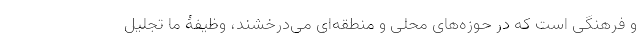
و فرهنگی است که در حوزه‌های محلی و منطقه‌ای می‌درخشند، وظیفۀ ما تجلیل